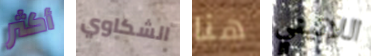
أكثر الشكاوي هنا اللاتيني